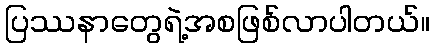
ပြဿနာတွေရဲ့အစဖြစ်လာပါတယ်။